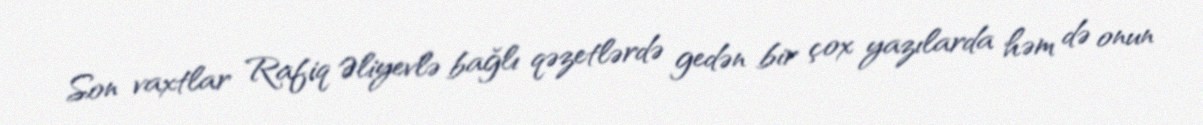
Son vaxtlar Rafiq Əliyevlə bağlı qəzetlərdə gedən bir çox yazılarda həm də onun